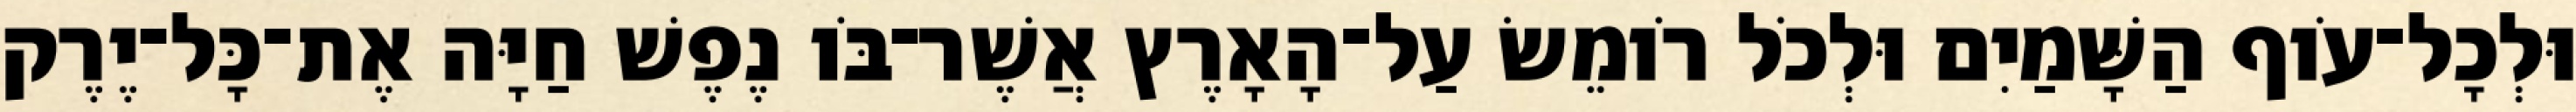
וּלְכָל־עֹוף הַשָּׁמַיִם וּלְכֹל רֹומֵשׂ עַל־הָאָרֶץ אֲשֶׁר־בֹּו נֶפֶשׁ חַיָּה אֶת־כָּל־יֶרֶק